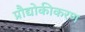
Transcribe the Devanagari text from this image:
प्रौद्योकीकरण